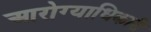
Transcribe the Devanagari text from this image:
आरोग्याधिकारी